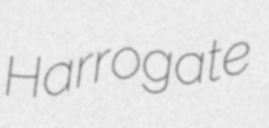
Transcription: Harrogate